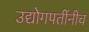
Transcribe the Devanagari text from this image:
उद्योगपतींनीच